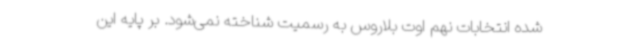
شده انتخابات نهم اوت بلاروس به رسمیت شناخته نمی‌شود. بر پایه این